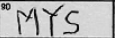
Transcription: MYS